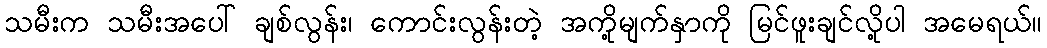
သမီးက သမီးအပေါ် ချစ်လွန်း၊ ကောင်းလွန်းတဲ့ အကို့မျက်နှာကို မြင်ဖူးချင်လို့ပါ အမေရယ်။